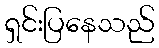
ရှင်းပြနေသည်